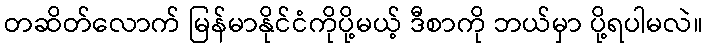
တဆိတ်လောက် မြန်မာနိုင်ငံကိုပို့မယ့် ဒီစာကို ဘယ်မှာ ပို့ရပါမလဲ။